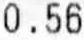
0.56